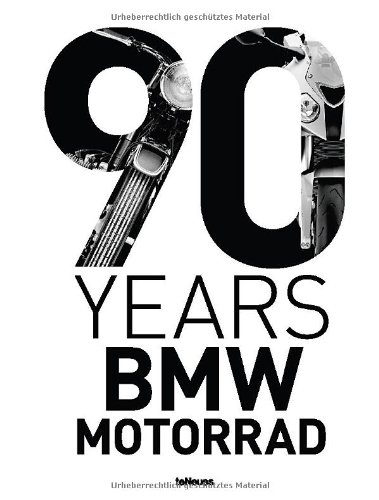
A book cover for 90 Years BMW Motorrad; Jurgen Gassebner; Arts & Photography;